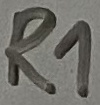
Text: R1